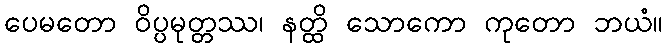
ပေမတော ဝိပ္ပမုတ္တဿ၊ နတ္ထိ သောကော ကုတော ဘယံ။